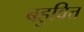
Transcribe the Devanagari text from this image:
बहुवित्त